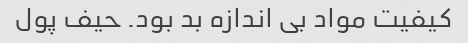
کیفیت مواد بی اندازه بد بود. حیف پول